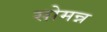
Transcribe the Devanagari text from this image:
सोमन्न